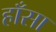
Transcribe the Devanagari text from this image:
हाँसा